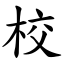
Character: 校